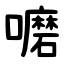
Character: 嚰